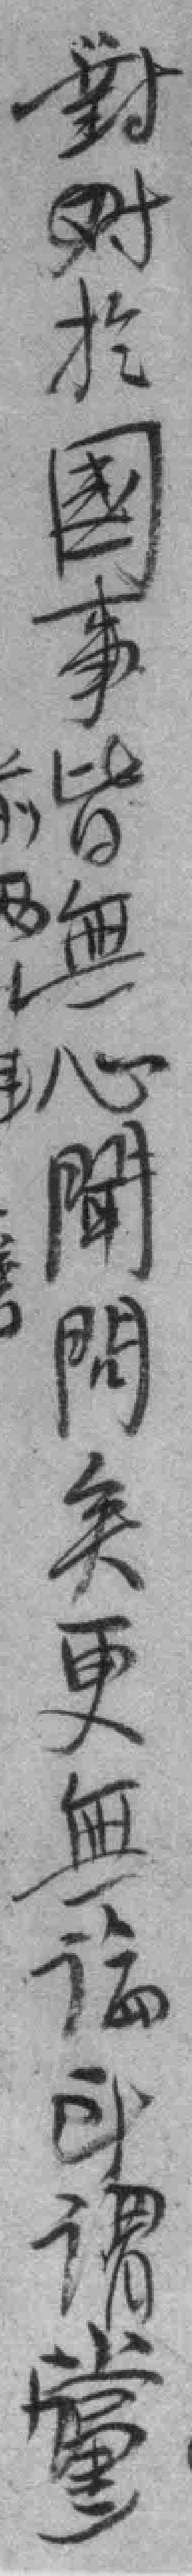
對於國事皆無心聞問矣更無論所谓黨